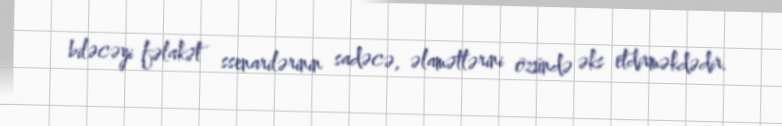
biləcəyi fəlakət ssenarilərinin sadəcə, əlamətlərini özündə əks etdirməkdədir.